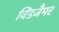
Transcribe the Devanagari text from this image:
विंडजैमर